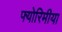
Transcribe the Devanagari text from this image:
फ्योरिमीया